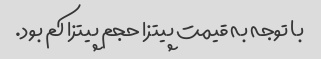
با توجه به قیمت پیتزا حجم پیتزا کم بود.